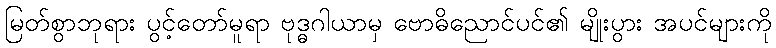
မြတ်စွာဘုရား ပွင့်တော်မူရာ ဗုဒ္ဓဂါယာမှ ဗောဓိညောင်ပင်၏ မျိုးပွား အပင်များကို